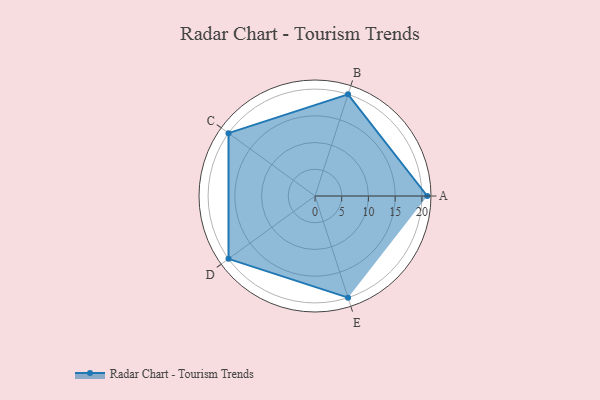
{"axis": {"x": "Skill", "y": "Score"}, "legend": ["Profile"], "data": [{"x": "A", "y": 21.0, "type": "Profile"}, {"x": "B", "y": 20, "type": "Profile"}, {"x": "C", "y": 20, "type": "Profile"}, {"x": "D", "y": 20, "type": "Profile"}, {"x": "E", "y": 20, "type": "Profile"}]}